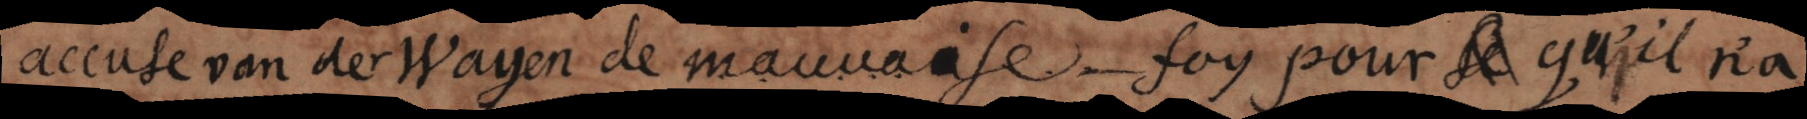
accuse van der Wayen de mauvaise foy pour ce qu’il n’a